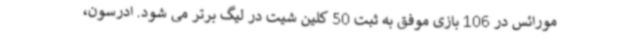
مورائس در 106 بازی موفق به ثبت 50 کلین شیت در لیگ برتر می شود. ادرسون،